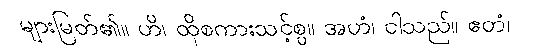
များမြတ်၏။ ဟိ၊ ထိုစကားသင့်စွ။ အဟံ၊ ငါသည်။ ဧတံ၊